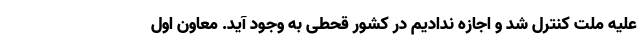
علیه ملت کنترل شد و اجازه ندادیم در کشور قحطی به وجود آید. معاون اول